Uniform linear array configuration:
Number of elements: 24
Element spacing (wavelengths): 0.5
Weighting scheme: kaiser
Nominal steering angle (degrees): -15
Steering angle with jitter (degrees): -15.873
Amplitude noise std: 0.05
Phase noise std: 0.05

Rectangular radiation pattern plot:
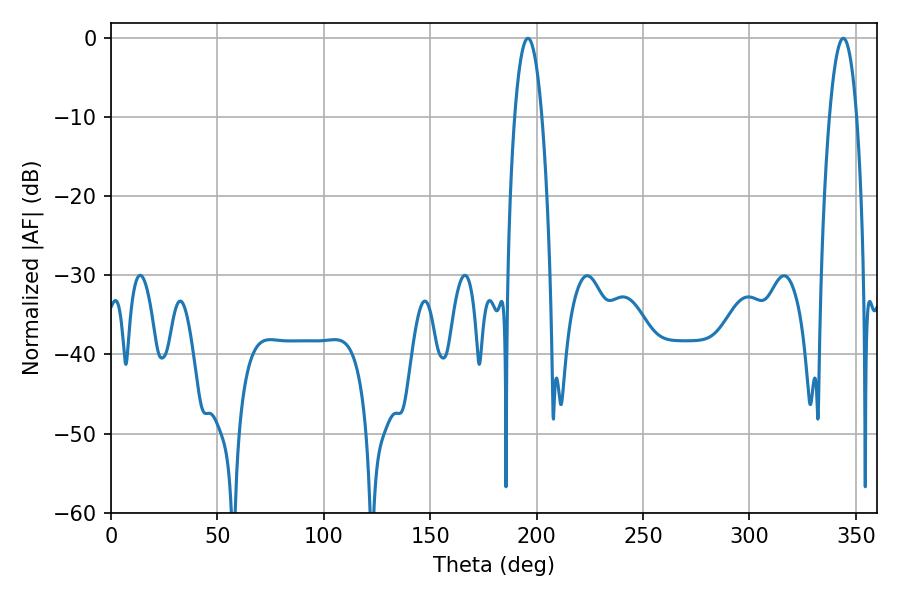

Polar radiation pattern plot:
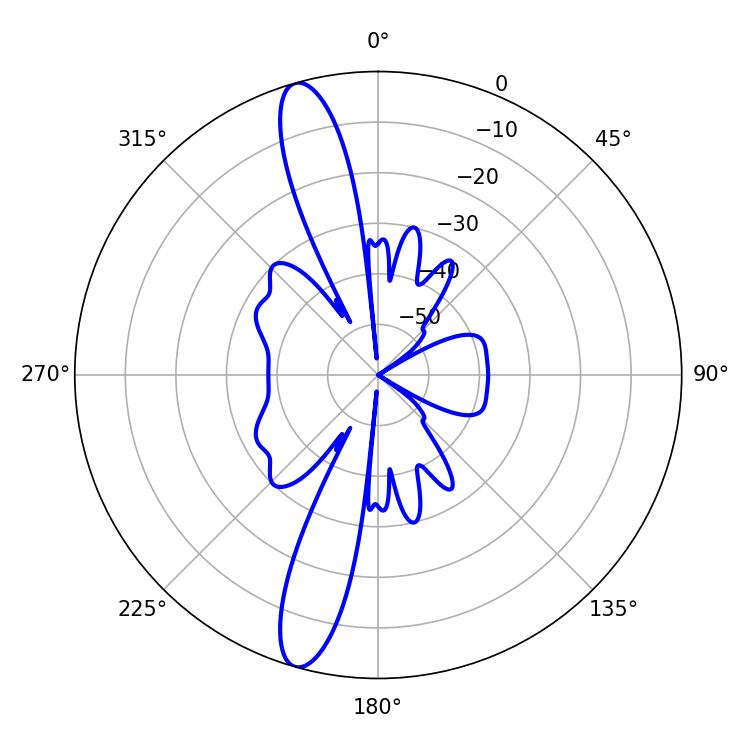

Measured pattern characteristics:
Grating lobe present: FALSE
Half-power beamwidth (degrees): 7.02
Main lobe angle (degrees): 195.84